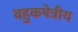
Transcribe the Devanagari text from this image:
बहुकषेत्रीय